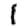
Digit: 1